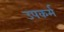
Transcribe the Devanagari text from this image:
उपकर्म